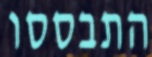
התבססו